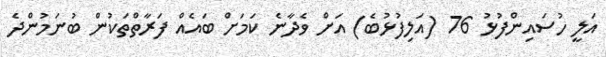
އަލީ ހުސައިންފުޅު 76 (އަލިފުޅުބެ) އަށް ވެދާނެ ކަމަށް ބައެއް ފަރާތްތަކުން ބުނަމުންދެ